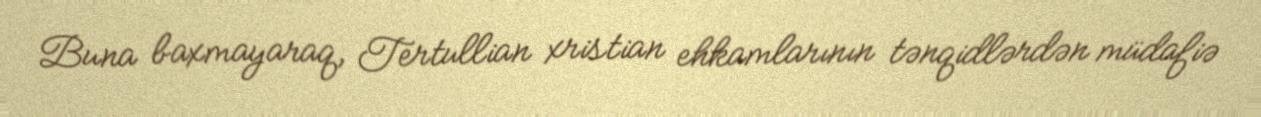
Buna baxmayaraq, Tertullian xristian ehkamlarının tənqidlərdən müdafiə